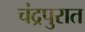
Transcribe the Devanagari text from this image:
चंद्रपुरात